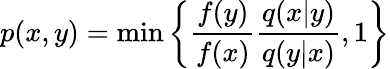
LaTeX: p(x,y)=\mathrm{min}\left\{ \frac{f(y)}{f(x)}\frac{q(x|y)}{q(y|x)},1\right\}